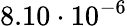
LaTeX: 8.10\cdot 10^{-6}